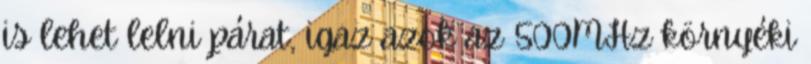
is lehet lelni párat, igaz azok az 500MHz környéki